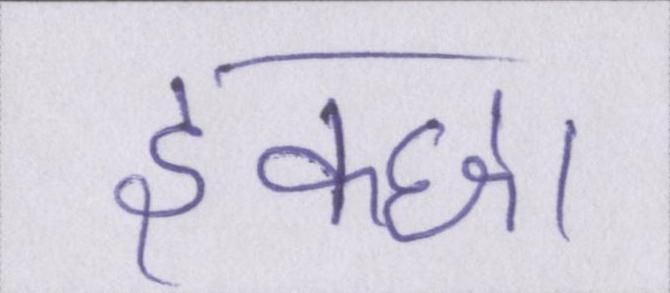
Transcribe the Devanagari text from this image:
इक्छा